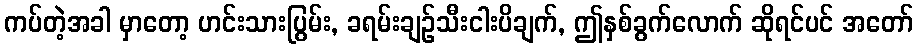
ကပ်တဲ့အခါ မှာတော့ ဟင်းသားပြွမ်း, ခရမ်းချဉ်သီးငါးပိချက်, ဤနှစ်ခွက်လောက် ဆိုရင်ပင် အတော်